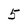
Character: 5